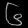
Digit: ၆